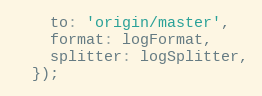
Language: JavaScript
    to: 'origin/master',
    format: logFormat,
    splitter: logSplitter,
  });